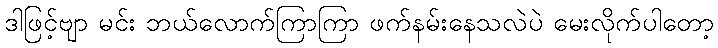
ဒါဖြင့်ဗျာ မင်း ဘယ်လောက်ကြာကြာ ဖက်နမ်းနေသလဲပဲ မေးလိုက်ပါတော့